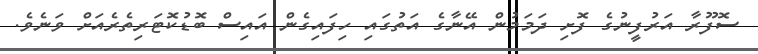
ސޮފޫރާ އަރުފީނުގެ ފޮށި ދަމަމުން އޭނާގެ އަތުގައި ހިފައިގެން އައިސް ބޮޑުކޮޓަރިތެރެއަށް ވަނެވެ.